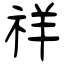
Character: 祥